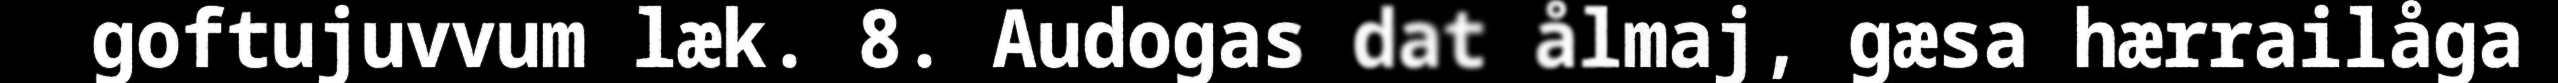
goftujuvvum læk. 8. Audogas dat ålmaj, gæsa hærrailåga